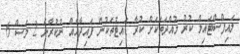
ލައިފްސްޓައިލް ކުރު މުއްދަތަކަށް ކުރާ ޑައިޓުތަކުން ފައިދާއެއް ނުކުރާނެ 2 މަސް 6